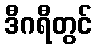
ဒီဂရီတွင်